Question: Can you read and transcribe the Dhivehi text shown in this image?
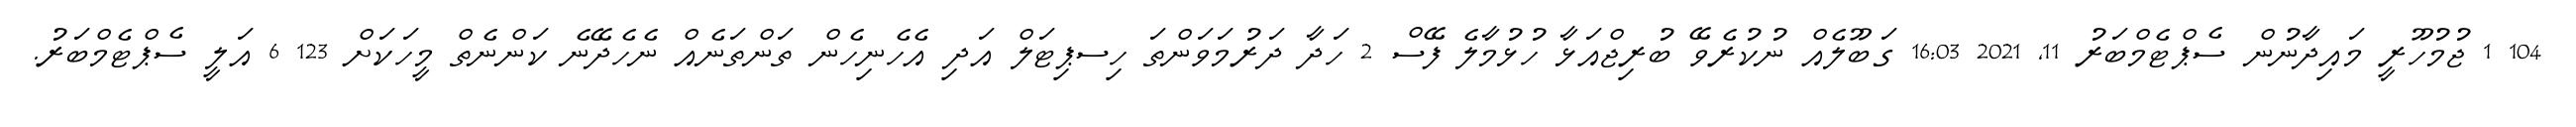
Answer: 104 1 ޖުމުހޫރީ މައިދާނުން ސެޕްޓެމްބަރު 11, 2021 16:03 ގަބޫލެއް ނުކުރެވޭ ބުރިޖްއަޅާ ހުޅުމާލެ ފޭސް 2 ހަދާ ދަރުމަވަންތަ ހިސޕިޓަލް އަދި އެހެނިހެން ތަންތަނެއް ނެހެދޭނެ ކަންނެތް މީހަކަށް 123 6 އަލީ ސެޕްޓެމްބަރު.